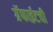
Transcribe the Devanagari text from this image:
ग्रॅफाईटची